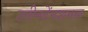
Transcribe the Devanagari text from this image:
उनीनटेंनशनल